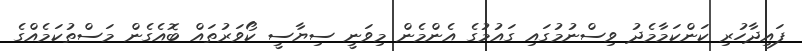
ފައިދާހުރި ކަންކަމާމެދު ވިސްނުމުގައި ގައުމުގެ އެންމެން މިވަނީ ސިޔާސީ ކޯވަރުތައް ބޮއެގެން މަސްތުކަމެއްގެ